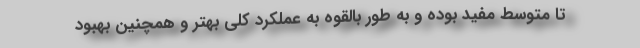
تا متوسط مفید بوده و به طور بالقوه به عملکرد کلی بهتر و همچنین بهبود